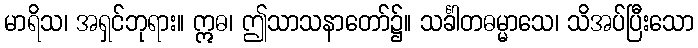
မာရိသ၊ အရှင်ဘုရား။ ဣဓ၊ ဤသာသနာတော်၌။ သင်္ခါတဓမ္မာသေ၊ သိအပ်ပြီးသော